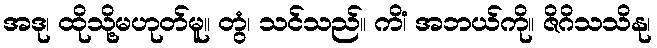
အဒု၊ ထိုသို့မဟုတ်မူ။ တွံ၊ သင်သည်။ ကိံ၊ အဘယ်ကို။ ဇိဂိသသိနု၊